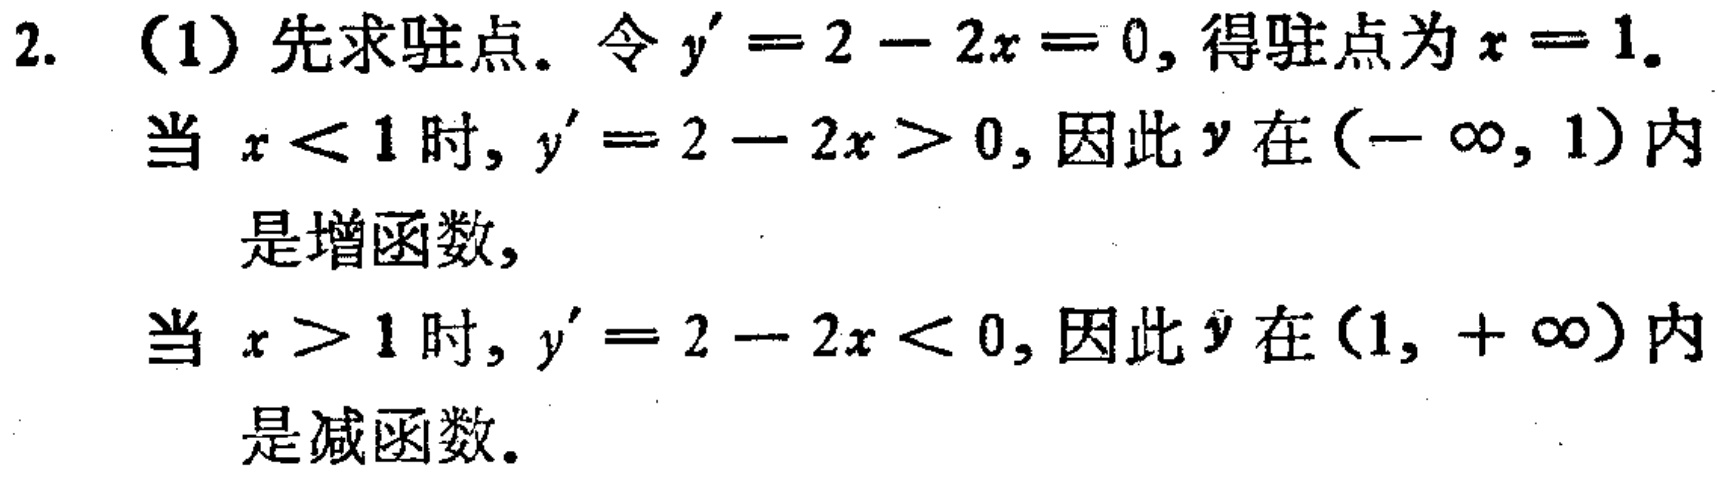
2. （1）先求驻点。令\(y^{\prime}=2 - 2x = 0\)，得驻点为\(x = 1\)。
当 \(x < 1\)时，\(y^{\prime}=2 - 2x > 0\)，因此\(y\)在\((-\infty, 1)\)内是增函数，
当 \(x > 1\)时，\(y^{\prime}=2 - 2x < 0\)，因此\(y\)在\((1, +\infty)\)内是减函数。